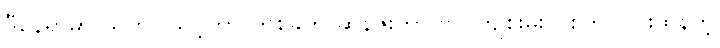
ဒီနေရာမှာ သတိပြုသင့်တာ တစ်ခုက ဆွန်ဇူးဟာ ဗိုလ်ကျစိုးမိုးလိုစိတ် ပြင်းထန်တဲ့